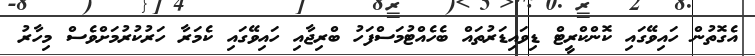
އެގޮތުން ހައިވޭގައި ކޮންކްރީޓް ޑިވައިޑަރުތައް ބެހެއްޓުމަސްފަހު ބްރިޖާއި ހައިވޭގައި ކެމަރާ ހަރުކުރުމަށްވެސް މިހާރު